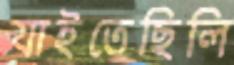
যাইতেছিলি